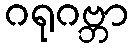
ဂရုဂဗ္ဘာ